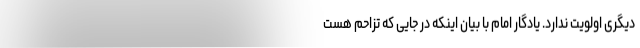
دیگری اولویت ندارد. یادگار امام با بیان اینکه در جایی که تزاحم هست